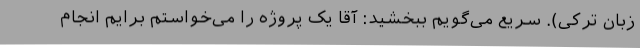
زبان ترکی). سریع می‌گویم ببخشید: آقا یک پروژه را می‌خواستم برایم انجام